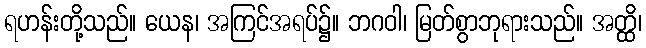
ရဟန်းတို့သည်။ ယေန၊ အကြင်အရပ်၌။ ဘဂဝါ၊ မြတ်စွာဘုရားသည်။ အတ္ထိ၊